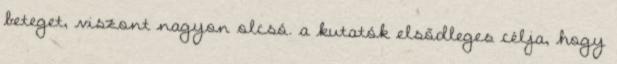
beteget, viszont nagyon olcsó. a kutatók elsődleges célja, hogy